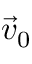
{ \vec { v } } _ { 0 }